Civil Veterinary Dept. Bombay admin report 1932-41 - 1932-1941
Year: 1932
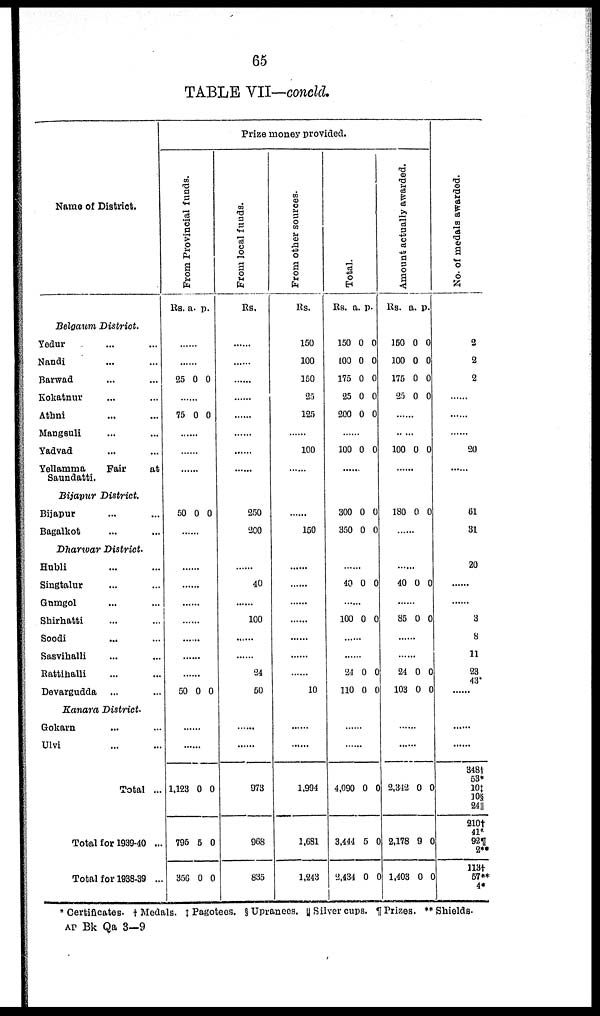
65
TABLE VII—concld.
Name of District.
Belgaum District.
Yedur ... ..
Nanai ... ...
Barwad ... ...
Kokatnur ... ...
Athni ... ...
Mangsuli ... ...
Yadvad ... ...
Yellamma
Fair
at
Saundatti.
Bijapur District.
Bijapur ... ...
Bagalkot ... ...
Dharwar District.
Hubli ... ...
Singtalur ... ...
Gumgol ... ...
Shirhatti ... ...
Soodi ... ...
Sasvihalli ... ...
Rattihalli ... ...
Devargudda ... ...
Kanara District.
Gokarn ... ...
Ulvi ... ...
Total ...
Total for 1939-40 ...
Total for 1938-39 ...
Prize money provided.
Fr om Pr ovi nci al funds.
Rs. a. p.
......
......
25 0 0
......
75 0 0
......
......
......
50 0 0
......
......
......
......
......
......
......
......
50 0 0
......
......
1,123 0 0
795 8 0
356 0 0
From local funds.
Rs.
......
......
......
......
......
......
......
......
250
200
......
40
......
100
......
......
24
50
......
......
973
968
835
From other sources.
Rs.
150
100
150
25
125
......
100
......
......
150
......
......
......
......
......
......
......
10
......
......
1,994
1,681
1,243
Tot al .
Rs. a. p.
150
100
175
25
200
0
0
0
0
0
0
0
0
0
0
......
100 0 0
......
300
350
0
0
0
0
......
40 0 0
......
100 0 0
......
......
24
110
0
0
0
0
......
......
4,090 0 0
3,444 5 0
2,434 0 0
Amount actually awarded.
Rs. a. p.
150
100
175
25
0
0
0
0
0
0
0
0
......
......
100 0 0
......
180 0 0
......
......
40 0 0
......
85 0 0
......
......
24
103
0
0
0
0
......
......
2,342 0 0
2,178 9 0
1,403 0 0
No. of medals awarded.
2
2
2
......
......
......
20
......
61
31
20
......
......
3
8
11
23
43*
......
......
......
348†
53*
10‡
10§
24¶
210†
41*
92¶
2**
113†
57**
4*
* Certificates. †Medals. ‡Pagotees. §Upranees. ||Silver cups. ¶ Prizes. **Shields.
AP Bk Qa 3—9